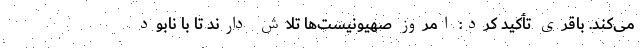
می‌کند. باقری تأکید کرد: امروز صهیونیست‌ها تلاش دارند تا با نابود